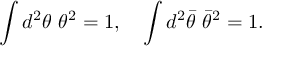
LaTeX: \int d ^ { 2 } \theta \ \theta ^ { 2 } = 1 , \quad \int d ^ { 2 } { \bar { \theta } } \ { \bar { \theta } } ^ { 2 } = 1 .